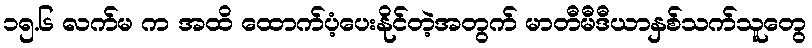
၁၅.၆ လက်မ က အထိ ထောက်ပံ့ပေးနိုင်တဲ့အတွက် မာတီမီဒီယာနှစ်သက်သူတွေ